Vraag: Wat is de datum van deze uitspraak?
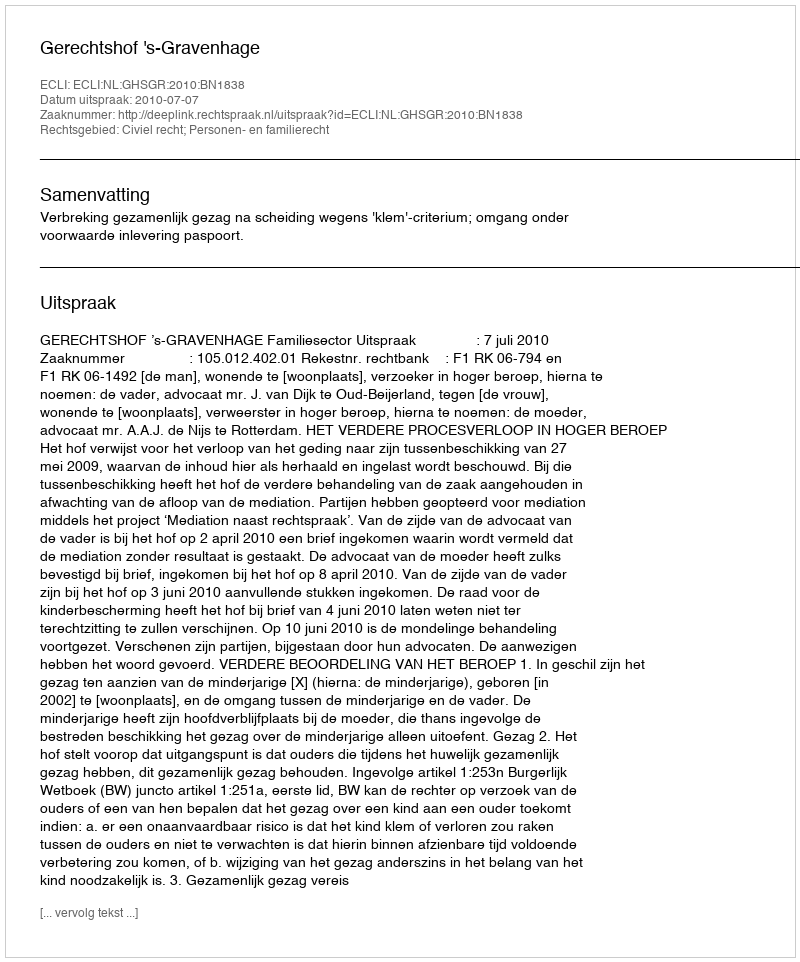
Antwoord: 2010-07-07